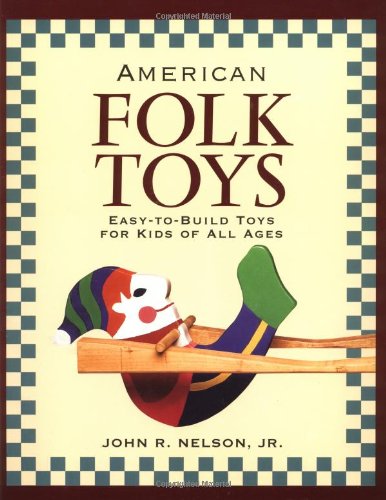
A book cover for American Folk Toys: Easy-to-Build Toys for Kids of All Ages; John R. Nelson  Jr.; Crafts, Hobbies & Home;